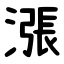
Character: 漲